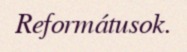
Reformátusok.